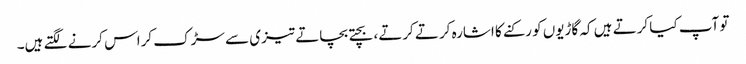
تو آپ کیا کرتے ہیں کہ گاڑیوں کو رکنے کا اشارہ کرتے کرتے، بچتے بچاتے تیزی سے سڑک کراس کرنے لگتے ہیں۔